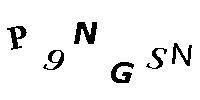
P9NGSN